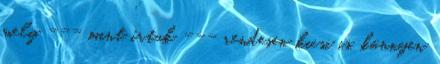
mely --- mint írtuk --- rendesen kicsi is, könnyen